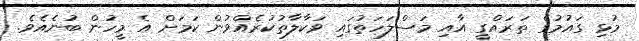
މުޅި ގައުމުގެ ތަރައްގީ އާއި މަސްލަހަތުގައި ވަކާލާތުކުރެއްވުން ކަމަށް އެ މީހުން ބުނެއެވެ.